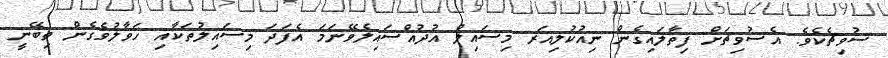
ސުވިޗެކެވެ. އެސުވިޗަށް ފިތާލައިގެން ނިއުކުލިއަރ މިސައިލް އުދުއްސައިލެވޭނަމަ އެފަދަ މިސައިލުތަކާއި ހަވާލުވެގެން ތިބޭނީ